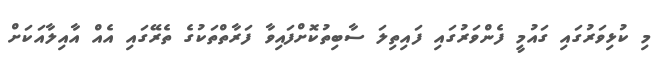
މި ކުޅިވަރުގައި ގައުމީ ފެންވަރުގައި ފައިތިލަ ސާބިތުކޮށްފައިވާ ފަރާތްތަކުގެ ތެރޭގައި އެއް އާއިލާއަކަށް